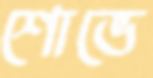
শোভে